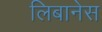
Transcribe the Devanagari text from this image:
लिबानेस